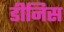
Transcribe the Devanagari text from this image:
डीनिस